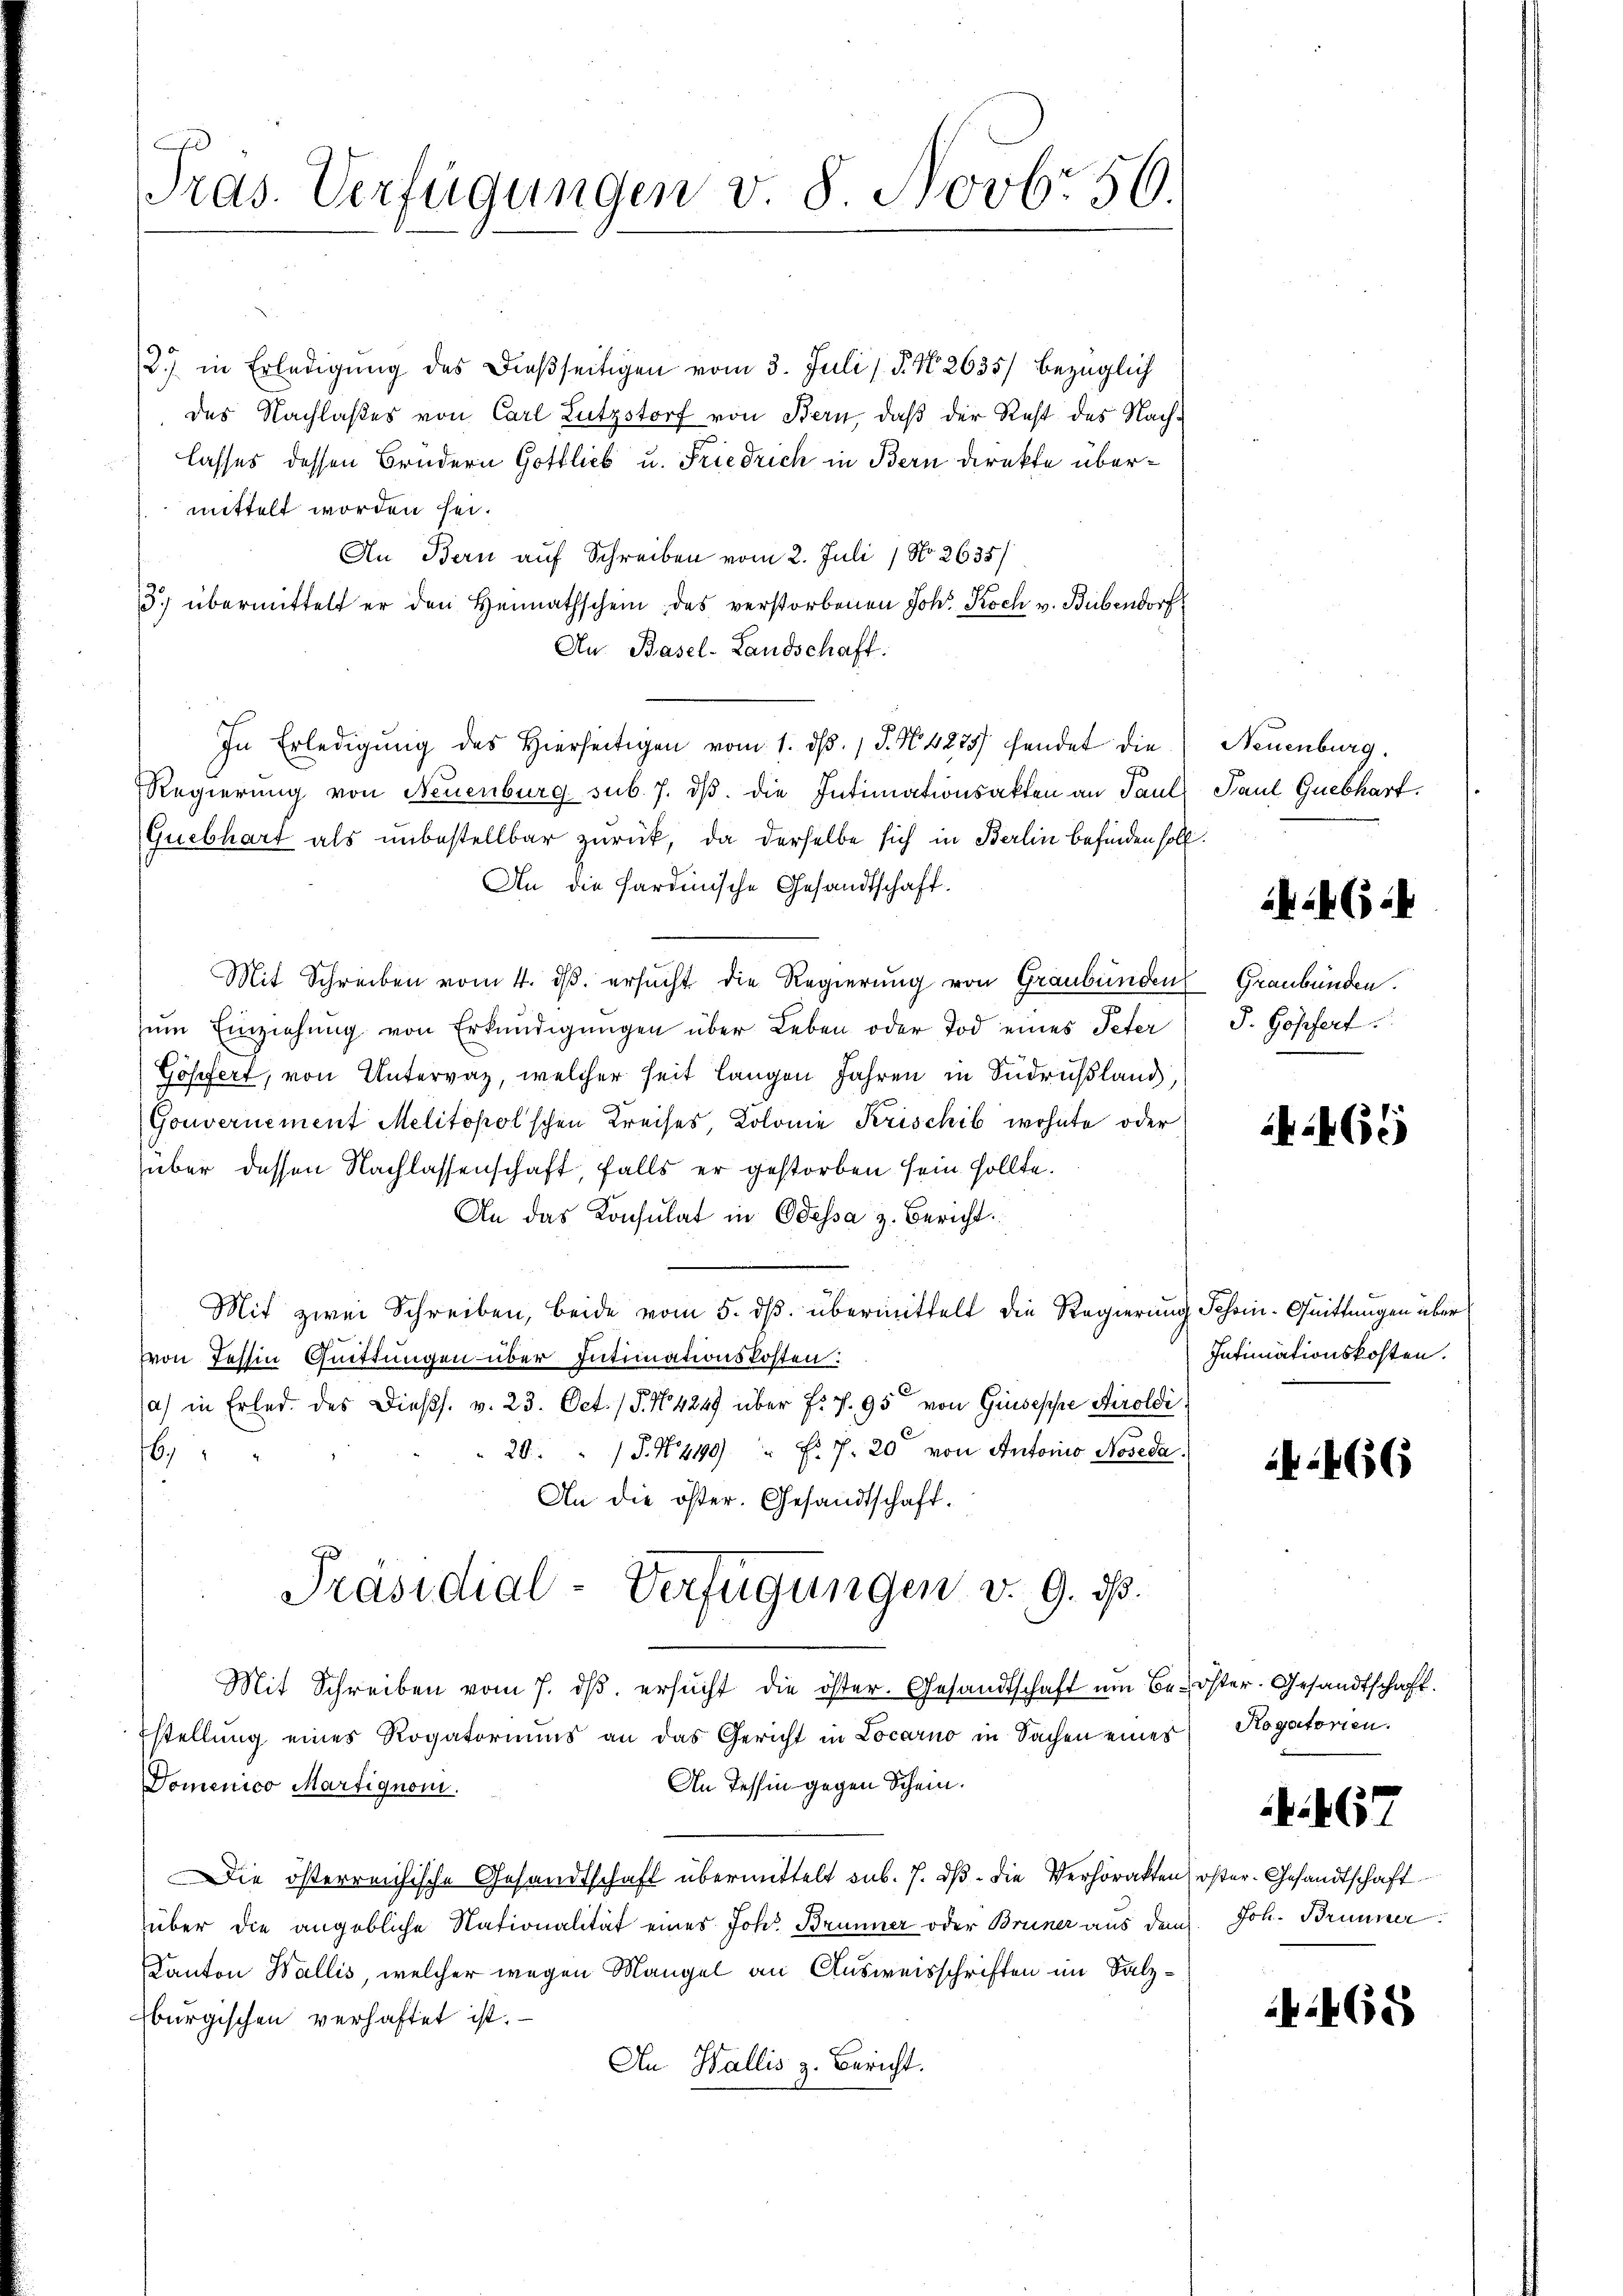
Tras. Verfügungen v 8 Novb. 56.

2) in Erledigung des dießseitigen vom 3. Juli (§. N. 2635/ bezüglich
des Nachlaßes von Carl Lutzstorf von Bern, daß der Rest des Nachlasses dessen Brudern Gottlieb u. Friedrich in Bern direkte übermittelt worden sei.
An Bern auf Schreiben vom 2. Juli 1 No 2635/
3.) übermittelt er den Heimathschein des verstorbenen Joh. Koch v. Bübendorf
An Basel-Landschaft.
In Erledigŭng des hierseitigen vom 1. dβ. 1 S. N. 4275) hendet die
Regierung von Neuenburg sub. 7. dβ. die Intimationsakten an Paul Paul Guebhart.
Quebhart als unbestellbar zurück, da derselbe sich in Berlin befinden soll.
An die Hardinische Gesandtschaft.
Mit Schreiben vom 4. ds. ersucht die Regierung von Graubünden Graubünden.
zŭm Einziehung von Erkundigungen über Leben oder Tod eines Peter
Gösefert, von Untervaz, welcher seit langen Jahren in Sudrußland,
Gouvernement Melitopol'schen Kreises, Kolonie Krischib wohnte oder
über dessen Nachlassenschaft, falls er gestorben sein sollte.
An das Konsulat in Odessa z. Bericht.
Mit zwei Schreiben, beide vom 5. ds. übermittelt die Regierung Schön-Quittungen über
von Tessin Quittungen über Intimationskosten.
a) in Erled. des Diess. v. 23. Oct. (§. No 4249 über fr. 7. 95 von Giuseppe Airoldi,
 20 J. N. 240 " Fr. 7. 20 von Antonio Noseda.
6
An die öster. Gesandtschaft.
Präsidial-Verfügungen v. 9. d.
Mit Schreiben vom 7. dβ. ersŭcht die öster. Gesandtschaft um Be- öster- Gesandtschaft.
Estellung eines Rogatoriums an das Gericht in Locarno in Sachen eines
An Tessin gegen Schein.
Domenico Martignon.
Die österreichische Gesandtschaft übermittelt sub. 7. dβ die Verhörakten
über die angebliche Nationalität eines Joh. Brunner oder Brüner aus dem
Canton Wallis, welcher wegen Mangel an Ausweisschriften im Salzburgischen verhaftet ist.
An Wallis z. Bericht.

Neuenburg.

a 5

J. Hoffert

66

Intimationskosten.

466

Rogatorien.

467

öster- Gesandtschaft.
Joh. Brunner

468